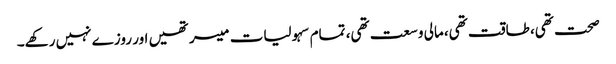
صحت تھی، طاقت تھی، مالی وسعت تھی، تمام سہولیات میسر تھیں اور روزے نہیں رکھے۔